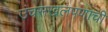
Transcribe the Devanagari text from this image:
उंचसखलपणाची